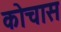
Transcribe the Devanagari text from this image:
कोचास